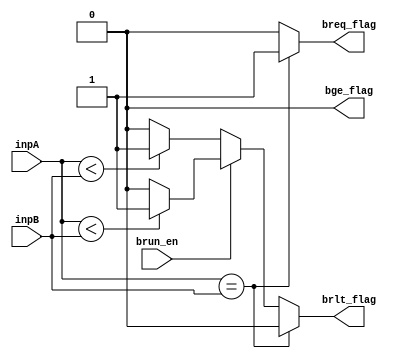
//module branch_comparator(
//input [31:0] inpA,
//input [31:0] inpB,
//input brun_en,
//output reg breq_flag,
//output reg brlt_flag,
//output reg bge_flag
//);
//
//always @(*)
//begin
//  if (inpA == inpB) begin
//     breq_flag = 1;
//     brlt_flag = 0;
//     bge_flag = 0;
//  end
//
//  else if (inpA >= inpB) begin
//     breq_flag = 0;
//     brlt_flag = 0;
//     bge_flag = 0;
//  end
//
//  if ((brun_en == 1) && $unsigned(inpA) < $unsigned(inpB)) begin
//     breq_flag = 0;
//     brlt_flag = 1;
//     bge_flag = 0;
//  end
//
//  if ((brun_en == 0) && $signed(inpA) < $signed(inpB)) begin
//     breq_flag = 0;
//     brlt_flag = 1;
//     bge_flag = 0;
//  end
//
//end
//endmodule

module branch_comparator(
  input [31:0] inpA,
  input [31:0] inpB,
  input brun_en,
  output reg breq_flag,
  output reg brlt_flag,
  output reg bge_flag
);

always @(*)
begin
  // Initialize flags to default values
  breq_flag = 0;
  brlt_flag = 0;
  bge_flag = 0;

  if (inpA == inpB) begin
    breq_flag = 1;
  end
  else if (brun_en == 1) begin
    if ($unsigned(inpA) < $unsigned(inpB)) begin
      brlt_flag = 1;
    end
  end
  else if (brun_en == 0) begin
    if ($signed(inpA) < $signed(inpB)) begin
      brlt_flag = 1;
    end
  end
  else begin
    // This covers the case where inpA > inpB
    bge_flag = 1;
  end
end
endmodule